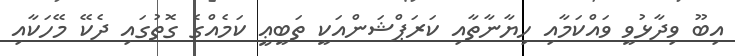
އިބޫ ވިދާޅުވީ ވައްކަމާއި ހިޔާނާތާއި ކަރަޕްޝަންއަކީ ތަބީޢީ ކަމެއްގެ ގޮތުގައި ދެކޭ މޭހަކާއި